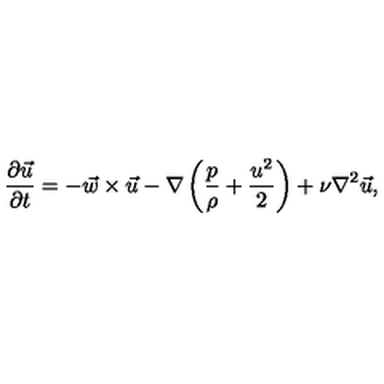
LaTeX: { \frac { \partial \vec { u } } { \partial t } } = - \vec { w } \times \vec { u } - \nabla \left( { \frac { p } { \rho } } + { \frac { u ^ { 2 } } { 2 } } \right) + \nu \nabla ^ { 2 } \vec { u } ,